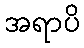
အရာပိ